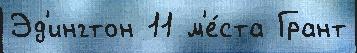
Эд'ингтон 11 м'е́ста Грант